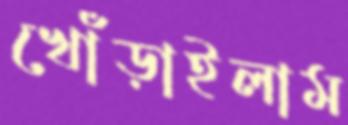
খোঁড়াইলাম